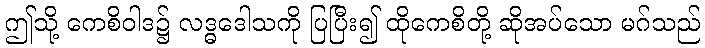
ဤသို့ ကေစိဝါဒ၌ လဒ္ဓဒေါသကို ပြပြီး၍ ထိုကေစိတို့ ဆိုအပ်သော မဂ်သည်